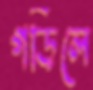
গড়িলে